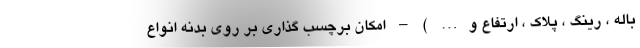
باله ، رینگ ، پلاک ، ارتفاع و… ) – امکان برچسب گذاری بر روی بدنه انواع